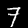
Label: 7